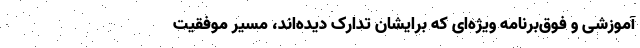
آموزشی و فوق‌برنامه ویژه‌ای که برایشان تدارک دیده‌اند، مسیر موفقیت